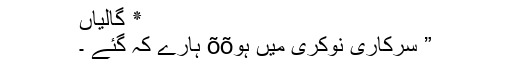
٭ گالیاں
” سرکاری نوکری میں ہوõõ ہارے کہ گئے ۔